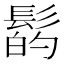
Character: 𩭲